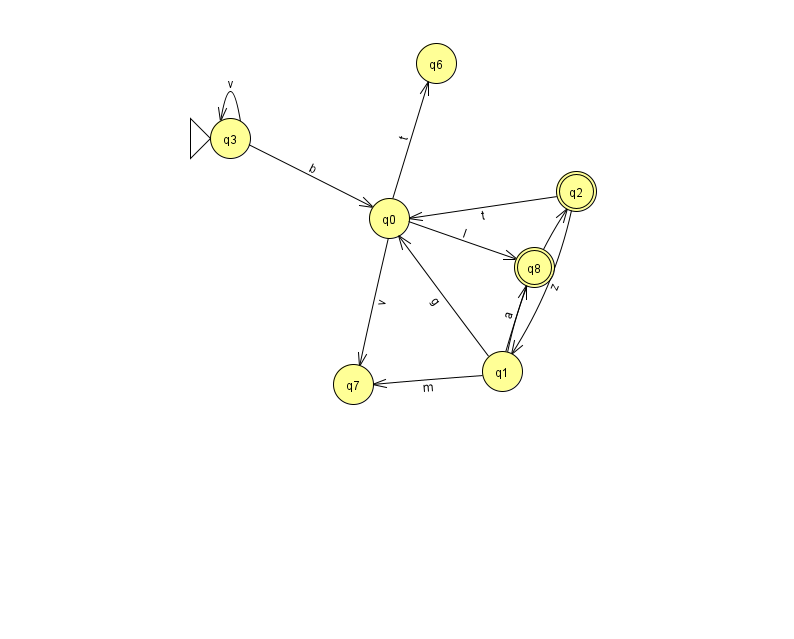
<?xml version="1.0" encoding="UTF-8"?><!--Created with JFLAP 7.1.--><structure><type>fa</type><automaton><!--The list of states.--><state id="0" name="q0"><x>389.0</x><y>205.0</y></state><state id="1" name="q1"><x>502.0</x><y>358.0</y></state><state id="2" name="q2"><x>576.0</x><y>178.0</y><final/></state><state id="3" name="q3"><x>230.0</x><y>125.0</y><initial/></state><state id="6" name="q6"><x>436.0</x><y>50.0</y></state><state id="7" name="q7"><x>353.0</x><y>371.0</y></state><state id="8" name="q8"><x>534.0</x><y>254.0</y><final/></state><!--The list of transitions.--><transition><from>2</from><to>0</to><read>t</read></transition><transition><from>3</from><to>0</to><read>b</read></transition><transition><from>1</from><to>2</to><read>m</read></transition><transition><from>0</from><to>6</to><read>t</read></transition><transition><from>0</from><to>8</to><read>I</read></transition><transition><from>1</from><to>8</to><read>a</read></transition><transition><from>1</from><to>7</to><read>m</read></transition><transition><from>0</from><to>7</to><read>v</read></transition><transition><from>2</from><to>1</to><read>z</read></transition><transition><from>3</from><to>3</to><read>v</read></transition><transition><from>1</from><to>0</to><read>g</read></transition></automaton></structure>